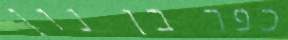
כפר בן נון